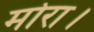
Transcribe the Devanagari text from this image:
मोरा।